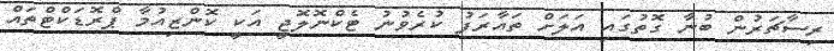
ރިސާޗަރުން ބުނާ ގޮތުގައި އަލަށް ތައާރަފު ކުރެވުނު ޓެކްނޮލޮޖީ އަކީ ކޮންޒިއުމާ ޕްރޮޑަކްޓްތައް